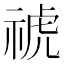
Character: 𥚚